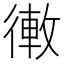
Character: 𢕣